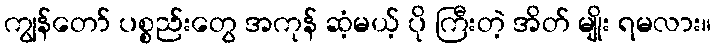
ကျွန်တော် ပစ္စည်းတွေ အကုန် ဆံ့မယ့် ပို ကြီးတဲ့ အိတ် မျိုး ရမလား။